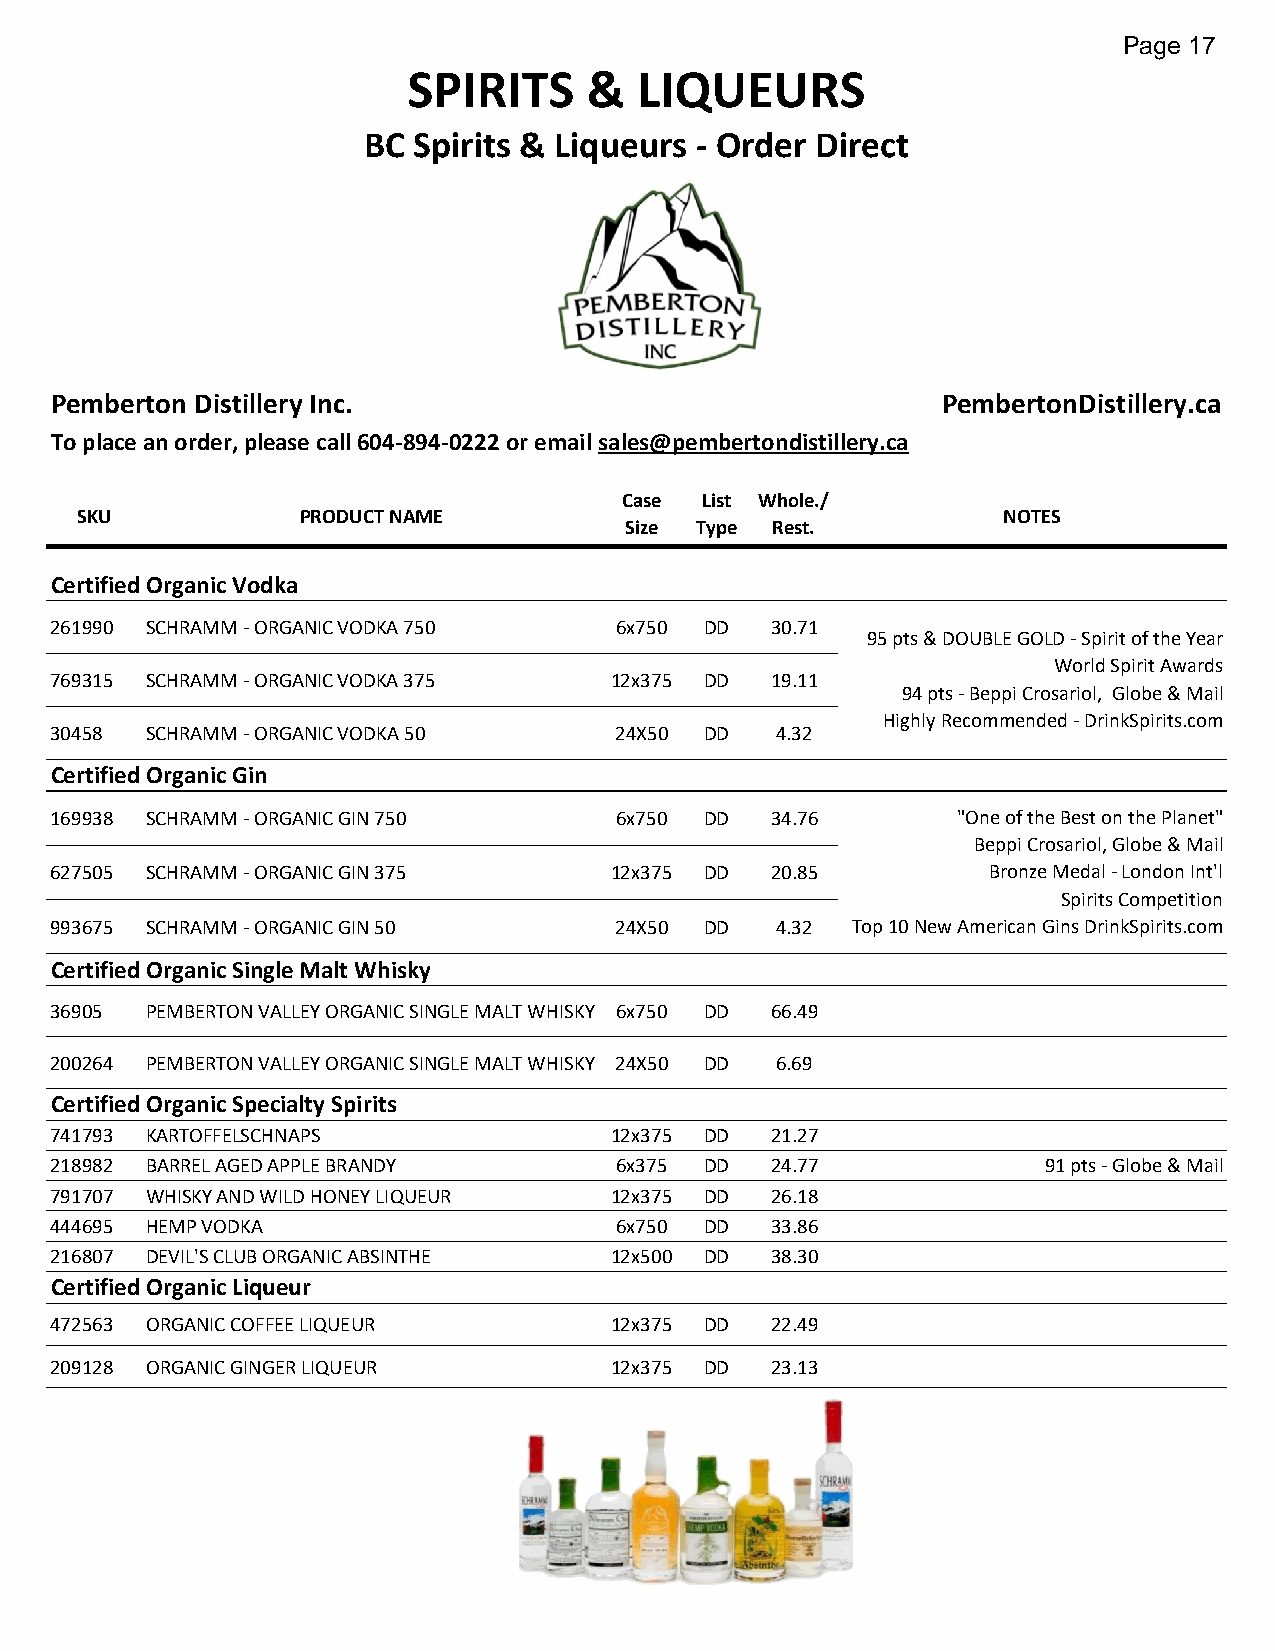
Page 17
 SPIRITS     &  LIQUEURS
 BC Spirits & Liqueurs - Order Direct
 Pemberton Distillery Inc.                                  PembertonDistillery.ca
 To place an order, please call 604-894-0222 or email sales@pembertondistillery.ca
 Case List Whole./
 SKU            PRODUCT NAME                                  NOTES
 Size Type Rest.
 Certified Organic Vodka
 261990 SCHRAMM - ORGANIC VODKA 750    6x750 DD  30.71
 95 pts & DOUBLE GOLD - Spirit of the Year
 World Spirit Awards
 769315 SCHRAMM - ORGANIC VODKA 375   12x375 DD  19.11
 94 pts - Beppi Crosariol, Globe & Mail
 Highly Recommended - DrinkSpirits.com
 30458  SCHRAMM - ORGANIC VODKA 50     24X50 DD  4.32
 Certified Organic Gin
 169938 SCHRAMM - ORGANIC GIN 750      6x750 DD  34.76       "One of the Best on the Planet"
 Beppi Crosariol, Globe & Mail
 627505 SCHRAMM - ORGANIC GIN 375     12x375 DD  20.85         Bronze Medal - London Int'l
 Spirits Competition
 993675 SCHRAMM - ORGANIC GIN 50       24X50 DD  4.32 Top 10 New American Gins DrinkSpirits.com
 Certified Organic Single Malt Whisky
 36905  PEMBERTON VALLEY ORGANIC SINGLE MALT WHISKY 6x750 DD 66.49
 200264 PEMBERTON VALLEY ORGANIC SINGLE MALT WHISKY 24X50 DD 6.69
 Certified Organic Specialty Spirits
 741793 KARTOFFELSCHNAPS              12x375 DD  21.27
 218982 BARREL AGED APPLE BRANDY       6x375 DD  24.77             91 pts - Globe & Mail
 791707 WHISKY AND WILD HONEY LIQUEUR 12x375 DD  26.18
 444695 HEMP VODKA                     6x750 DD  33.86
 216807 DEVIL'S CLUB ORGANIC ABSINTHE 12x500 DD  38.30
 Certified Organic Liqueur
 472563 ORGANIC COFFEE LIQUEUR        12x375 DD  22.49
 209128 ORGANIC GINGER LIQUEUR        12x375 DD  23.13